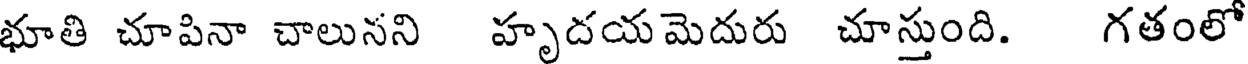
భూతి చూపినా చాలునని హృదయ మెదురు చూస్తుంది. గతంలో